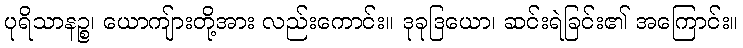
ပုရိသာနဉ္စ၊ ယောကျ်ားတို့အား လည်းကောင်း။ ဒုခုဒြယော၊ ဆင်းရဲခြင်း၏ အကြောင်း။